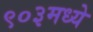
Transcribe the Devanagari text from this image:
९०३मध्ये